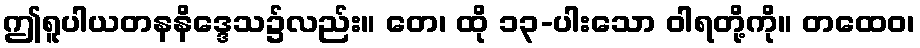
ဤရူပါယတနနိဒ္ဒေသ၌လည်း။ တေ၊ ထို ၁၃-ပါးသော ဝါရတို့ကို။ တထေဝ၊